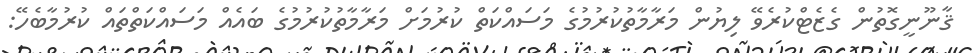
ޤާނޫނީގޮތުން ގެޒެޓްކުރެވޭ ލިޔުން މަރާމާތުކުރުމުގެ މަސައްކަތް ކުރުމަށް މަރާމާތުކުރުމުގެ ބައެއް މަސައްކަތްތައް ކުރުމާބެހޭ: